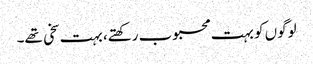
لوگوں کو بہت محبوب رکھتے، بہت سخی تھے۔